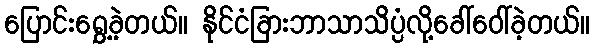
ပြောင်းရွှေ့ခဲ့တယ်။ နိုင်ငံခြားဘာသာသိပ္ပံလို့ခေါ်ဝေါ်ခဲ့တယ်။